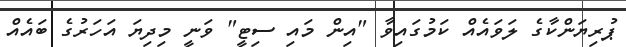
ޕުރިޔަންކާގެ ލަވައެއް ކަމުގައިވާ "އިން މައި ސިޓީ" ވަނީ މިދިޔަ އަހަރުގެ ބައެއް